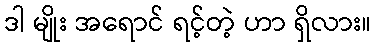
ဒါ မျိုး အရောင် ရင့်တဲ့ ဟာ ရှိလား။